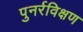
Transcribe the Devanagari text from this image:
पुनर्रविक्षण